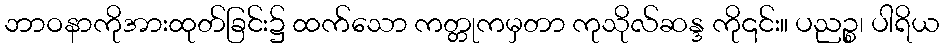
ဘာဝနာကိုအားထုတ်ခြင်း၌ ထက်သော ကတ္တုကမှတာ ကုသိုလ်ဆန္ဒ ကို၎င်း။ ပညဉ္စ၊ ပါရိယ